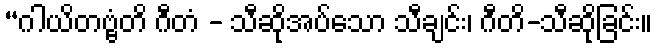
“ဂါယိတဗ္ဗံတိ ဂီတံ - သီဆိုအပ်သော သီချင်း၊ ဂီတိ-သီဆိုခြင်း။